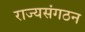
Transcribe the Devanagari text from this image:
राज्यसंगठन